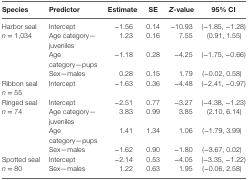
<table><thead><tr><td><b>Species</b></td><td><b>Predictor</b></td><td><b>Estimate</b></td><td><b>SE</b></td><td><b><i>Z</i>-value</b></td><td><b>95% CI</b></td></tr></thead><tbody><tr><td>Harbor seal</td><td>Intercept</td><td>−1.56</td><td>0.14</td><td>−10.93</td><td>(−1.85, −1.28)</td></tr><tr><td><i>n</i> = 1,034</td><td>Age category—juveniles</td><td>1.23</td><td>0.16</td><td>7.55</td><td>(0.91, 1.55)</td></tr><tr><td></td><td>Age category—pups</td><td>−1.18</td><td>0.28</td><td>−4.25</td><td>(−1.75, −0.66)</td></tr><tr><td></td><td>Sex—males</td><td>0.28</td><td>0.15</td><td>1.79</td><td>(−0.02, 0.58)</td></tr><tr><td>Ribbon seal</td><td>Intercept</td><td>−1.63</td><td>0.36</td><td>−4.48</td><td>(−2.41, −0.97)</td></tr><tr><td><i>n</i> = 55</td><td></td><td></td><td></td><td></td><td></td></tr><tr><td>Ringed seal</td><td>Intercept</td><td>−2.51</td><td>0.77</td><td>−3.27</td><td>(−4.38, −1.23)</td></tr><tr><td><i>n</i> = 74</td><td>Age category—juveniles</td><td>3.83</td><td>0.99</td><td>3.85</td><td>(2.10, 6.14)</td></tr><tr><td></td><td>Age category—pups</td><td>1.41</td><td>1.34</td><td>1.06</td><td>(−1.79, 3.99)</td></tr><tr><td></td><td>Sex—males</td><td>−1.62</td><td>0.90</td><td>−1.80</td><td>(−3.67, 0.02)</td></tr><tr><td>Spotted seal</td><td>Intercept</td><td>−2.14</td><td>0.53</td><td>−4.05</td><td>(−3.35, −1.22)</td></tr><tr><td><i>n</i> = 80</td><td>Sex—males</td><td>1.22</td><td>0.63</td><td>1.95</td><td>(−0.06, 2.58)</td></tr></tbody></table>